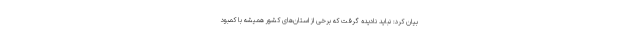
بیان کرد: نباید نادیده گرفت که برخی از استان‌های کشور همیشه با کمبود